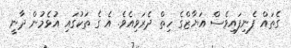
ގެތައް ފެނިފައިވެސް އަޔާޒްގެ ހިތް ދެރަވިއެވެ. އެ ގެ ތަކުގައި އުޅެމުން ދާނީ